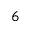
6